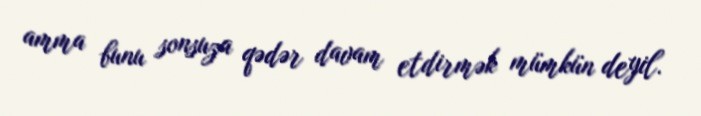
amma bunu sonsuza qədər davam etdirmək mümkün deyil.